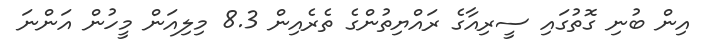
އިން ބުނި ގޮތުގައި ސީރިއާގެ ރައްޔިތުންގެ ތެރެއިން 8.3 މިލިއަން މީހުން އަންނަ